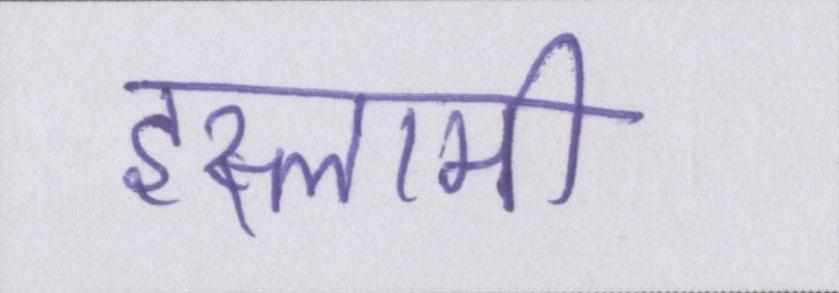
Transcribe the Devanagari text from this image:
इस्लामी